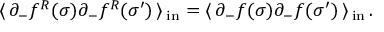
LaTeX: \langle \, \partial _ { - } f ^ { R } ( \sigma ) \partial _ { - } f ^ { R } ( \sigma ^ { \prime } ) \, \rangle \, _ { \mathrm { { i n } } } = \langle \, \partial _ { - } f ( \sigma ) \partial _ { - } f ( \sigma ^ { \prime } ) \, \rangle \, _ { \mathrm { i n } } \, .